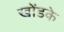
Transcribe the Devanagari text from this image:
खोंडके